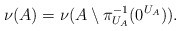
\begin{align*} \nu(A)=\nu(A\setminus \pi_{U_{A}}^{-1}(0^{U_{A}})). \end{align*}